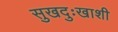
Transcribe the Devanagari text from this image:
सुखदुःखाशी